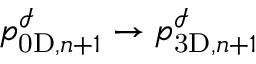
p _ { \mathrm { 0 D } , n + 1 } ^ { \mathcal { I } } \to p _ { \mathrm { 3 D } , n + 1 } ^ { \mathcal { I } }